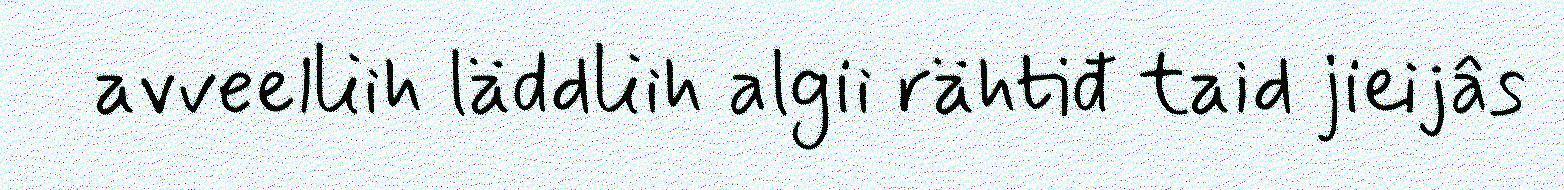
avveelliih läddliih algii rähtiđ taid jieijâs